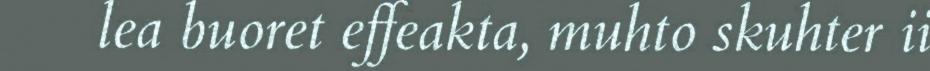
lea buoret effeakta, muhto skuhter ii